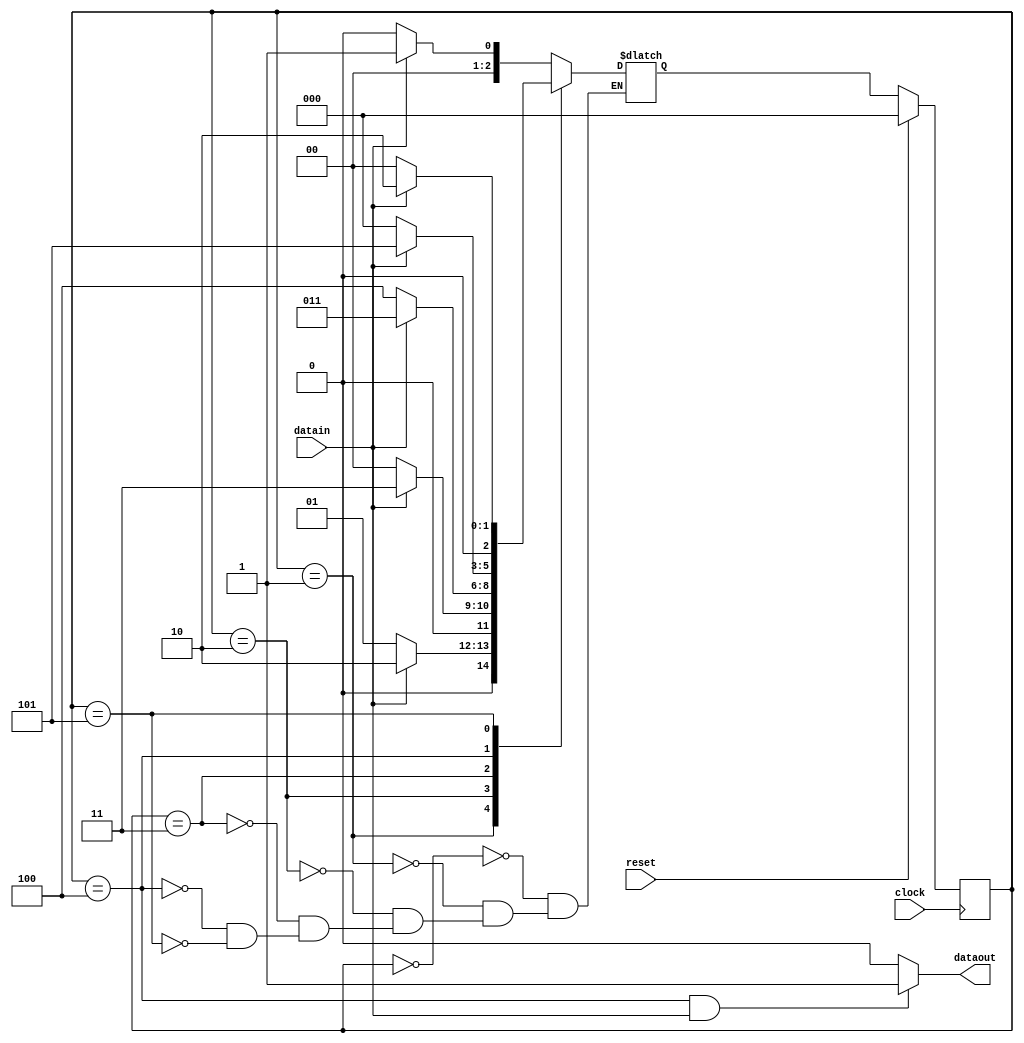
module jfsmMooreWithOverlap(dataout, clock, reset, datain);
  output reg dataout;
  input clock, reset, datain;
  reg[2:0] cs, ns;
  parameter a = 3'b000;
  parameter b = 3'b001;
  parameter c = 3'b010;
  parameter d = 3'b011;
  parameter e = 3'b100;
  parameter f = 3'b101;
  always @(posedge clock)
  begin
    if(reset)
      cs <= a;
    else
      cs <= ns;
  end
  always @(cs, datain)
  begin
    case(cs)
    a:
      begin
        if(datain)
          ns <= b;
        else
          ns <= a;
      end
    b:
      begin
        if(datain)
          ns <= c;
        else
          ns <= b;
      end
    c:
      begin
        if(datain)
          ns <= d;
        else
          ns <= a;
      end
    d:
      begin
        if(datain)
          ns <= d;
        else
          ns <= e;
      end
    e:
      begin
        if(datain)
          ns <= f;
        else
          ns <= a;
      end
    f:
      begin
        if(datain)
          ns <= c; 
        else
          ns <= a;
      end
    endcase      
  end
  always @(cs, datain)
  begin
    if ( cs == e && datain == 1 )
      dataout <= 1;
    else
      dataout <= 0;
  end    
endmodule